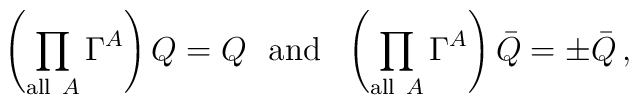
\left(\prod_{{\rm all \ } A} \Gamma^A \right) Q = Q \ \ {\rm and} \ \ \left(\prod_{{\rm all \ } A} \Gamma^A \right) \bar Q = \pm \bar Q \, ,